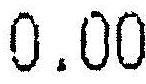
0.00